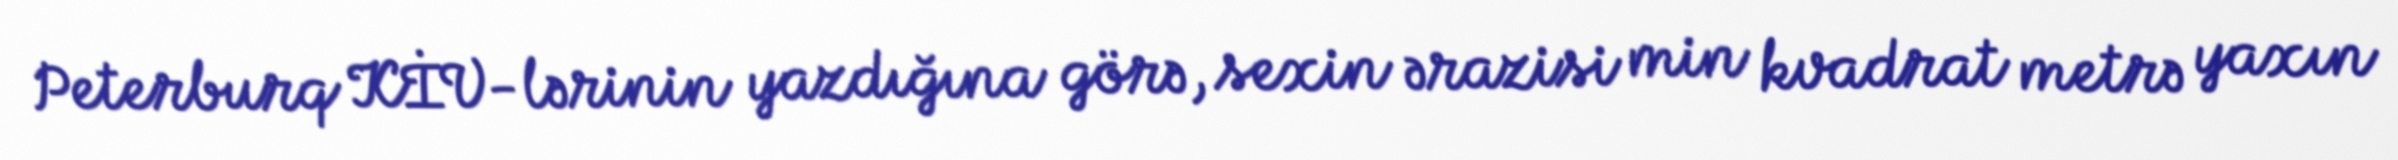
Peterburq KİV-lərinin yazdığına görə, sexin ərazisi min kvadrat metrə yaxın